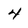
Character: 4